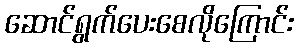
ဆောင်ရွက်ပေးစေလိုကြောင်း